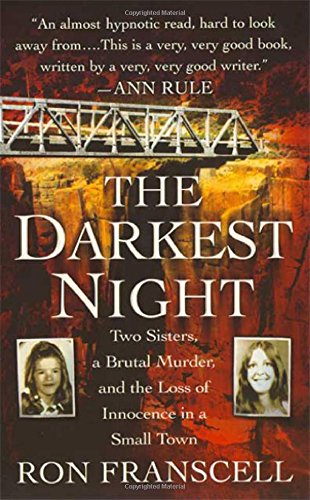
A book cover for The Darkest Night: Two Sisters, a Brutal Murder, and the Loss of Innocence in a Small Town; Ron Franscell; Biographies & Memoirs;